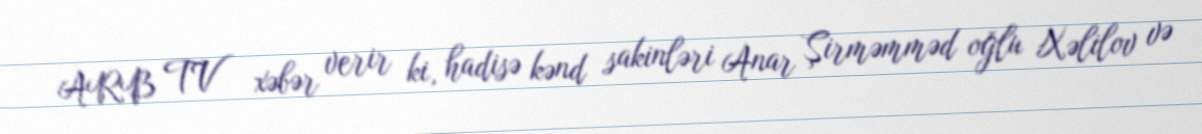
ARB TV xəbər verir ki, hadisə kənd sakinləri Anar Şirməmməd oğlu Xəlilov və